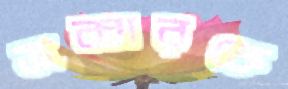
জব্বারকে